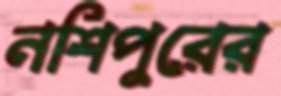
নশিপুরের